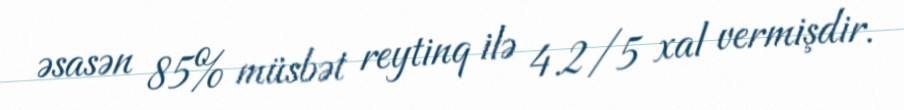
əsasən 85% müsbət reytinq ilə 4.2/5 xal vermişdir.